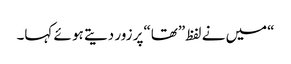
“میں نے لفظ”تھا“پر زور دیتے ہو ئے کہا۔